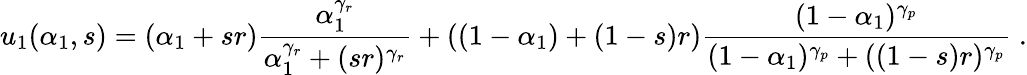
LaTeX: u_{1}(\alpha_{1},s)=(\alpha_{1}+sr)\frac{\alpha_{1}^{\gamma_{r}}}{\alpha_{1}^{\gamma_{r}}+(sr)^{\gamma_{r}}}+\left((1-\alpha_{1})+(1-s)r\right)\frac{(1-\alpha_{1})^{\gamma_{p}}}{(1-\alpha_{1})^{\gamma_{p}}+((1-s)r)^{\gamma_{p}}}\; .